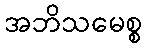
အဘိသမေစ္စ